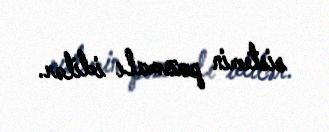
sistemin pozmalı idilər.